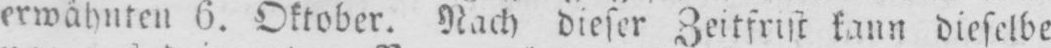
erwähnten 6. Oktober. Nach dieser Zeitfrist kann dieselbe